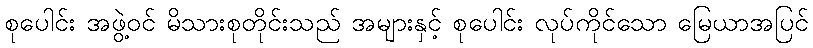
စုပေါင်း အဖွဲ့ဝင် မိသားစုတိုင်းသည် အများနှင့် စုပေါင်း လုပ်ကိုင်သော မြေယာအပြင်